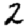
Digit: 2